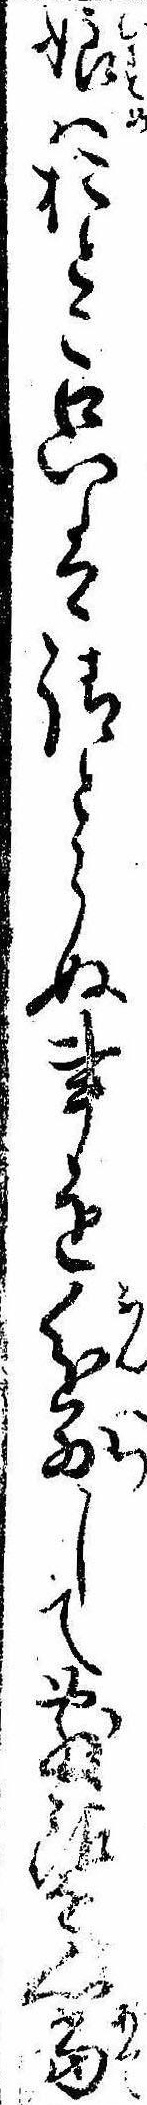
娘はおとこ只は請とらぬ事を分別して敷銀を心当